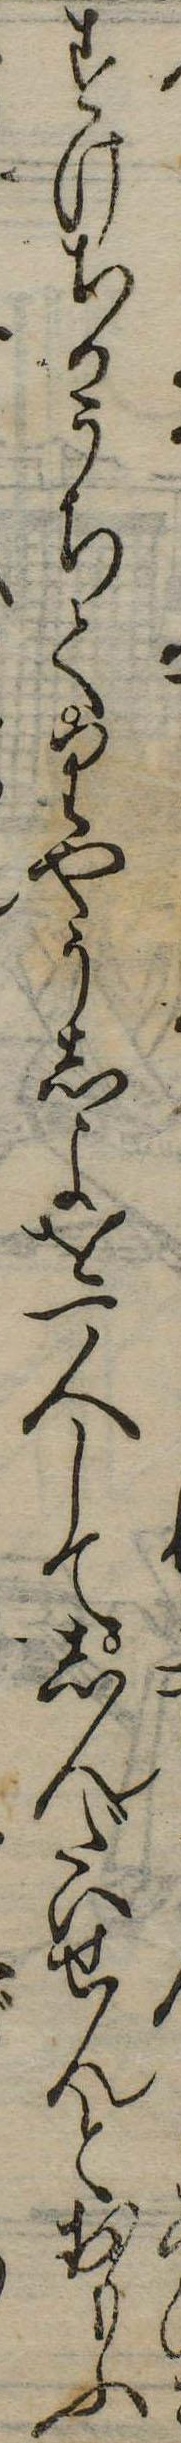
すけちかうちてりやうしよを一人してしんだいせんとおもふ